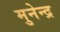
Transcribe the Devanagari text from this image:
मुनेन्द्र